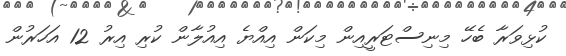
ކުޅިވަރާ ބެހޭ މިނިސްޓަރީއިން މިކަން އިއްޔެ އިއުލާން ކުރި އިރު 12 އަހަރުން